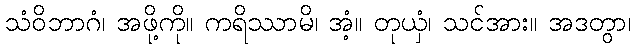
သံဝိဘာဂံ၊ အဖို့ကို။ ကရိဿာမိ၊ အံ့။ တုယှံ၊ သင်အား။ အဒတွာ၊